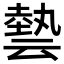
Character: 㙯